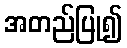
အတည်ပြု၍